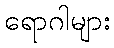
ရောဂါများ